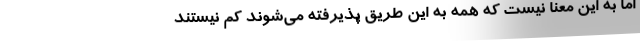
اما به این معنا نیست که همه به این طریق پذیرفته می‌شوند کم نیستند